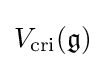
V_{\text{cri}}({\mathfrak {g}})